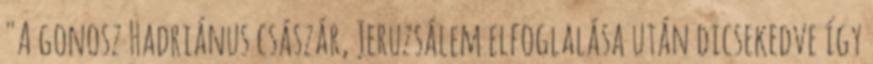
"A gonosz Hadriánus császár, Jeruzsálem elfoglalása után dicsekedve így